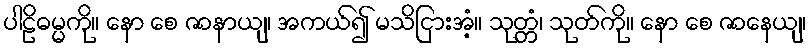
ပါဠိဓမ္မကို။ နော စေ ဇာနာယျ၊ အကယ်၍ မသိငြားအံ့။ သုတ္တံ၊ သုတ်ကို။ နော စေ ဇာနေယျ၊